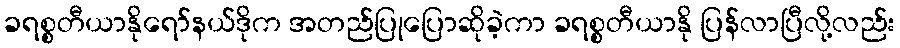
ခရစ္စတီယာနိုရော်နယ်ဒိုက အတည်ပြုပြောဆိုခဲ့ကာ ခရစ္စတီယာနို ပြန်လာပြီလို့လည်း